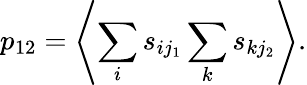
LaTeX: p_{12}=\left<\sum_{i}s_{ij_{1}}\sum_{k}s_{kj_{2}}\right>.